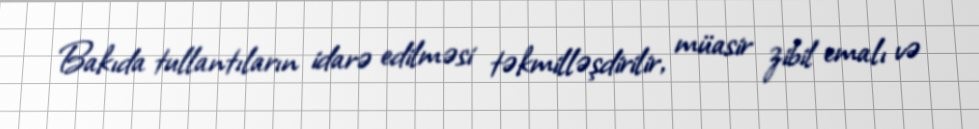
Bakıda tullantıların idarə edilməsi təkmilləşdirilir, müasir zibil emalı və